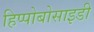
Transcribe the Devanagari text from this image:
हिप्पोबोसाइडी